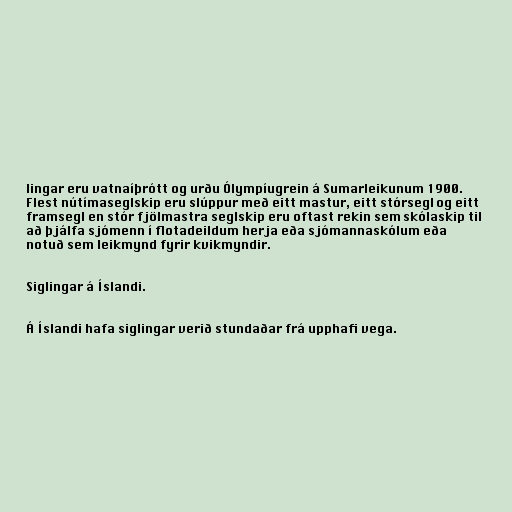
lingar eru vatnaíþrótt og urðu Ólympíugrein á Sumarleikunum 1900.
Flest nútímaseglskip eru slúppur með eitt mastur, eitt stórsegl og eitt
framsegl en stór fjölmastra seglskip eru oftast rekin sem skólaskip til
að þjálfa sjómenn í flotadeildum herja eða sjómannaskólum eða
notuð sem leikmynd fyrir kvikmyndir.

Siglingar á Íslandi.

Á Íslandi hafa siglingar verið stundaðar frá upphafi vega.